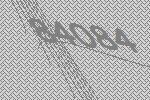
84084